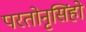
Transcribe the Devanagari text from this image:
परतोनृसिंहो